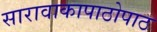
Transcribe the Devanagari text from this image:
सारावाकापाठोपाठ